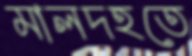
মালদহতে